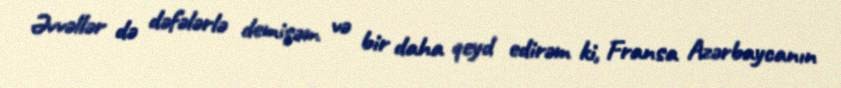
Əvvəllər də dəfələrlə demişəm və bir daha qeyd edirəm ki, Fransa Azərbaycanın